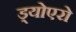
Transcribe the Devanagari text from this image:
ड्योएरो